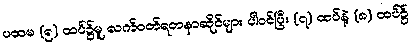
ပထမ (၅) ထပ်၌မူ လက်ဝတ်ရတနာဆိုင်များ ပါဝင်ပြီး (၇) ထပ်နဲ့ (၈) ထပ်၌